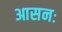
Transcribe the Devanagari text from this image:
आसनः